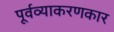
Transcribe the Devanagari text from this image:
पूर्वव्याकरणकार